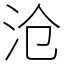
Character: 沧